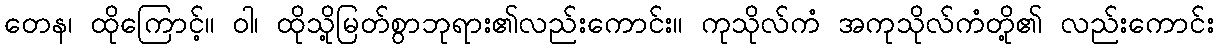
တေန၊ ထိုကြောင့်။ ဝါ၊ ထိုသို့မြတ်စွာဘုရား၏လည်းကောင်း။ ကုသိုလ်ကံ အကုသိုလ်ကံတို့၏ လည်းကောင်း